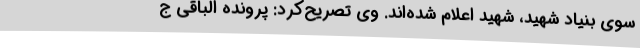
سوی بنیاد شهید، شهید اعلام شده‌اند. وی تصریح‌کرد: پرونده الباقی ج